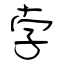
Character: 孛